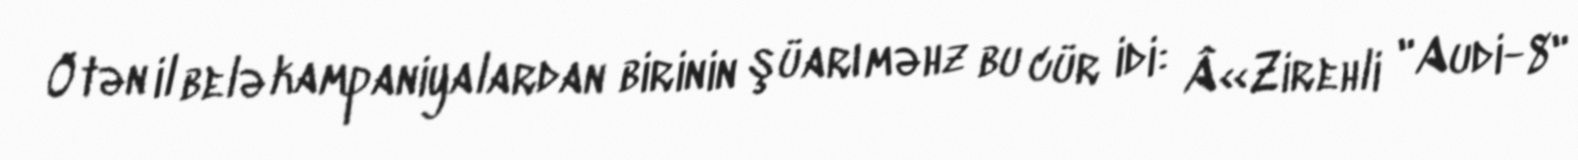
Ötən il belə kampaniyalardan birinin şüarı məhz bu cür idi: Â«Zirehli "Audi-8"